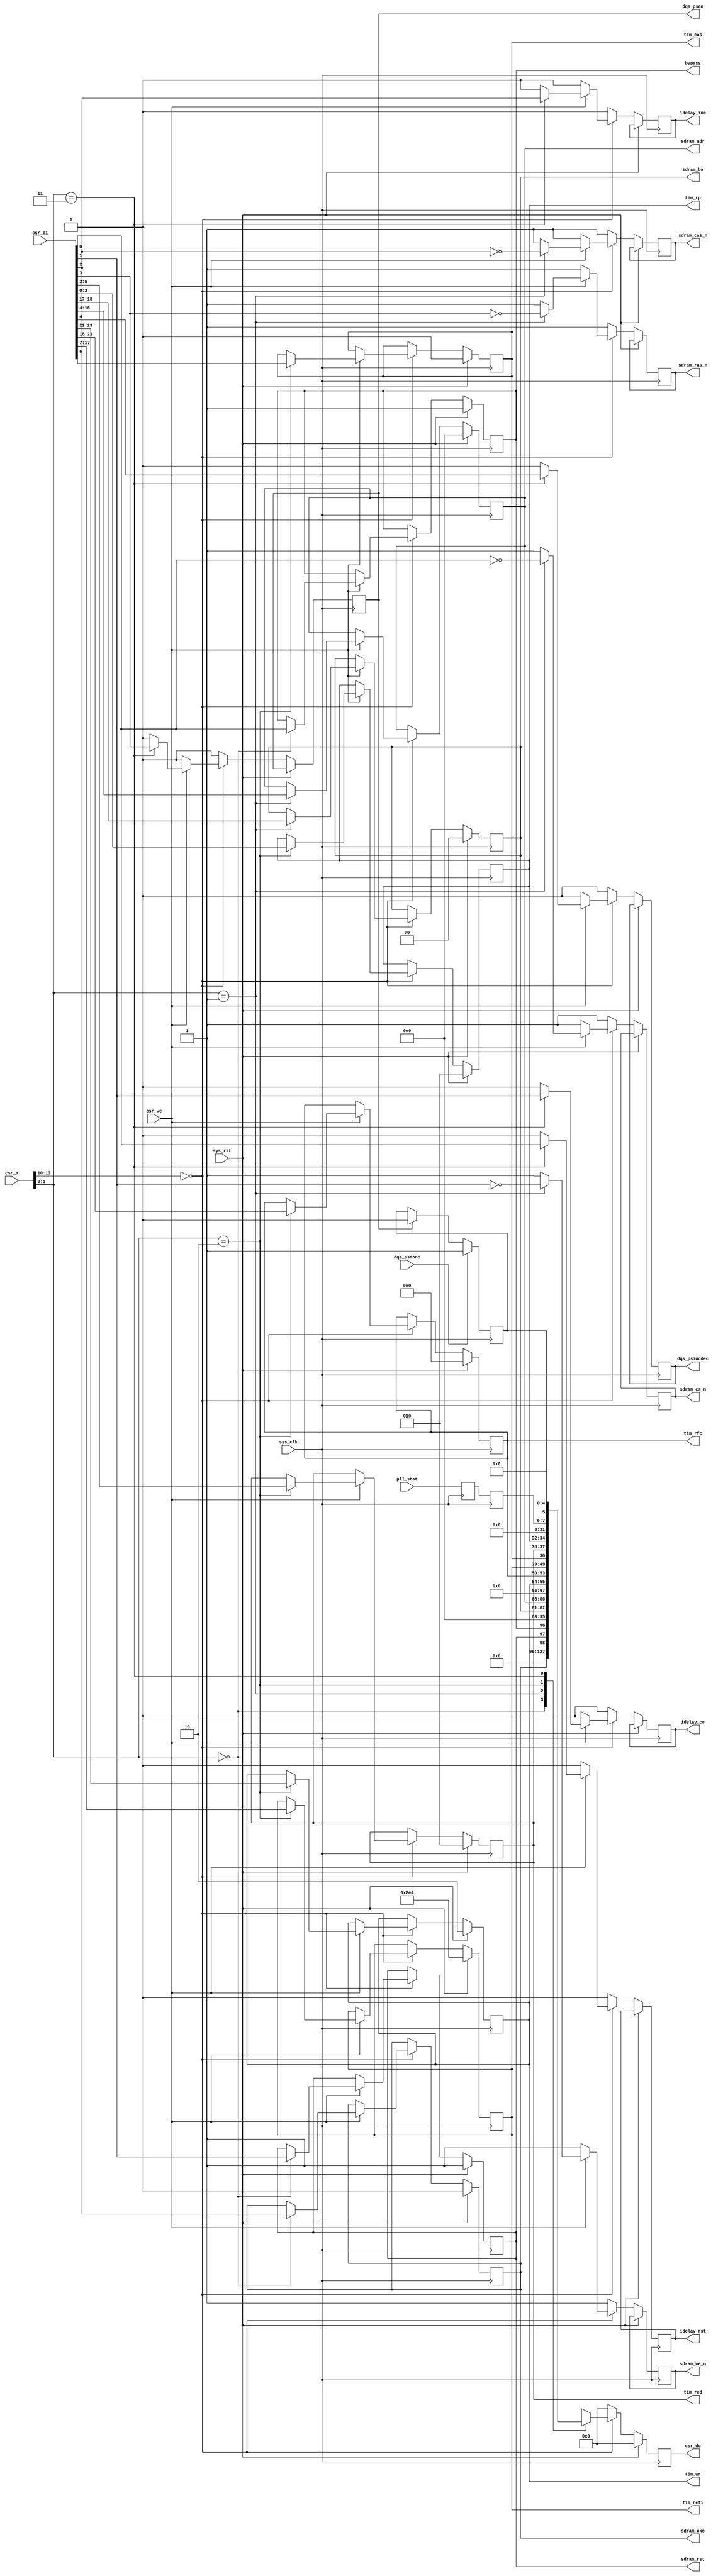
module hpdmc_ctlif #(
	parameter csr_addr = 4'h0
) (
	input sys_clk,
	input sys_rst,
	
	input [13:0] csr_a,
	input csr_we,
	input [31:0] csr_di,
	output reg [31:0] csr_do,
	
	output reg bypass,
	output reg sdram_rst,
	
	output reg sdram_cke,
	output reg sdram_cs_n,
	output reg sdram_we_n,
	output reg sdram_cas_n,
	output reg sdram_ras_n,
	output reg [12:0] sdram_adr,
	output reg [1:0] sdram_ba,
	
	/* Clocks we must wait following a PRECHARGE command (usually tRP). */
	output reg [2:0] tim_rp,
	/* Clocks we must wait following an ACTIVATE command (usually tRCD). */
	output reg [2:0] tim_rcd,
	/* CAS latency, 0 = 2 */
	output reg tim_cas,
	/* Auto-refresh period (usually tREFI). */
	output reg [10:0] tim_refi,
	/* Clocks we must wait following an AUTO REFRESH command (usually tRFC). */
	output reg [3:0] tim_rfc,
	/* Clocks we must wait following the last word written to the SDRAM (usually tWR). */
	output reg [1:0] tim_wr,
	
	output reg idelay_rst,
	output reg idelay_ce,
	output reg idelay_inc,
	
	output reg dqs_psen,
	output reg dqs_psincdec,
	input dqs_psdone,

	input [1:0] pll_stat
);

reg psready;
always @(posedge sys_clk) begin
	if(dqs_psdone)
		psready <= 1'b1;
	else if(dqs_psen)
		psready <= 1'b0;
end

wire csr_selected = csr_a[13:10] == csr_addr;

/* Double-latching on pll_stat (asynchronous) */
reg [1:0] pll_stat1;
reg [1:0] pll_stat2;
always @(posedge sys_clk) begin
	pll_stat1 <= pll_stat;
	pll_stat2 <= pll_stat1;
end

always @(posedge sys_clk) begin
	if(sys_rst) begin
		csr_do <= 32'd0;
	
		bypass <= 1'b1;
		sdram_rst <= 1'b1;
		
		sdram_cke <= 1'b0;
		sdram_adr <= 13'd0;
		sdram_ba <= 2'd0;
		
		tim_rp <= 3'd2;
		tim_rcd <= 3'd2;
		tim_cas <= 1'b0;
		tim_refi <= 11'd740;
		tim_rfc <= 4'd8;
		tim_wr <= 2'd2;
	end else begin
		sdram_cs_n <= 1'b1;
		sdram_we_n <= 1'b1;
		sdram_cas_n <= 1'b1;
		sdram_ras_n <= 1'b1;
		
		idelay_rst <= 1'b0;
		idelay_ce <= 1'b0;
		idelay_inc <= 1'b0;
			
		dqs_psen <= 1'b0;
		dqs_psincdec <= 1'b0;
		
		csr_do <= 32'd0;
		if(csr_selected) begin
			if(csr_we) begin
				case(csr_a[1:0])
					2'b00: begin
						bypass <= csr_di[0];
						sdram_rst <= csr_di[1];
						sdram_cke <= csr_di[2];
					end
					2'b01: begin
						sdram_cs_n <= ~csr_di[0];
						sdram_we_n <= ~csr_di[1];
						sdram_cas_n <= ~csr_di[2];
						sdram_ras_n <= ~csr_di[3];
						sdram_adr <= csr_di[16:4];
						sdram_ba <= csr_di[18:17];
					end
					2'b10: begin
						tim_rp <= csr_di[2:0];
						tim_rcd <= csr_di[5:3];
						tim_cas <= csr_di[6];
						tim_refi <= csr_di[17:7];
						tim_rfc <= csr_di[21:18];
						tim_wr <= csr_di[23:22];
					end
					2'b11: begin
						idelay_rst <= csr_di[0];
						idelay_ce <= csr_di[1];
						idelay_inc <= csr_di[2];
						
						dqs_psen <= csr_di[3];
						dqs_psincdec <= csr_di[4];
					end
				endcase
			end
			case(csr_a[1:0])
				2'b00: csr_do <= {sdram_cke, sdram_rst, bypass};
				2'b01: csr_do <= {sdram_ba, sdram_adr, 4'h0};
				2'b10: csr_do <= {tim_wr, tim_rfc, tim_refi, tim_cas, tim_rcd, tim_rp};
				2'b11: csr_do <= {pll_stat2, psready, 5'd0};
			endcase
		end
	end
end

endmodule